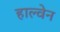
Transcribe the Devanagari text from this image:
हाल्वेन